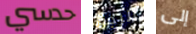
حدسي الرجل إلى